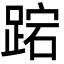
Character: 𮛬